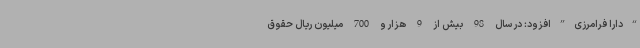
“دارا فرامرزی”افزود: در سال 98 بیش از 9 هزار و 700 میلیون ریال حقوق